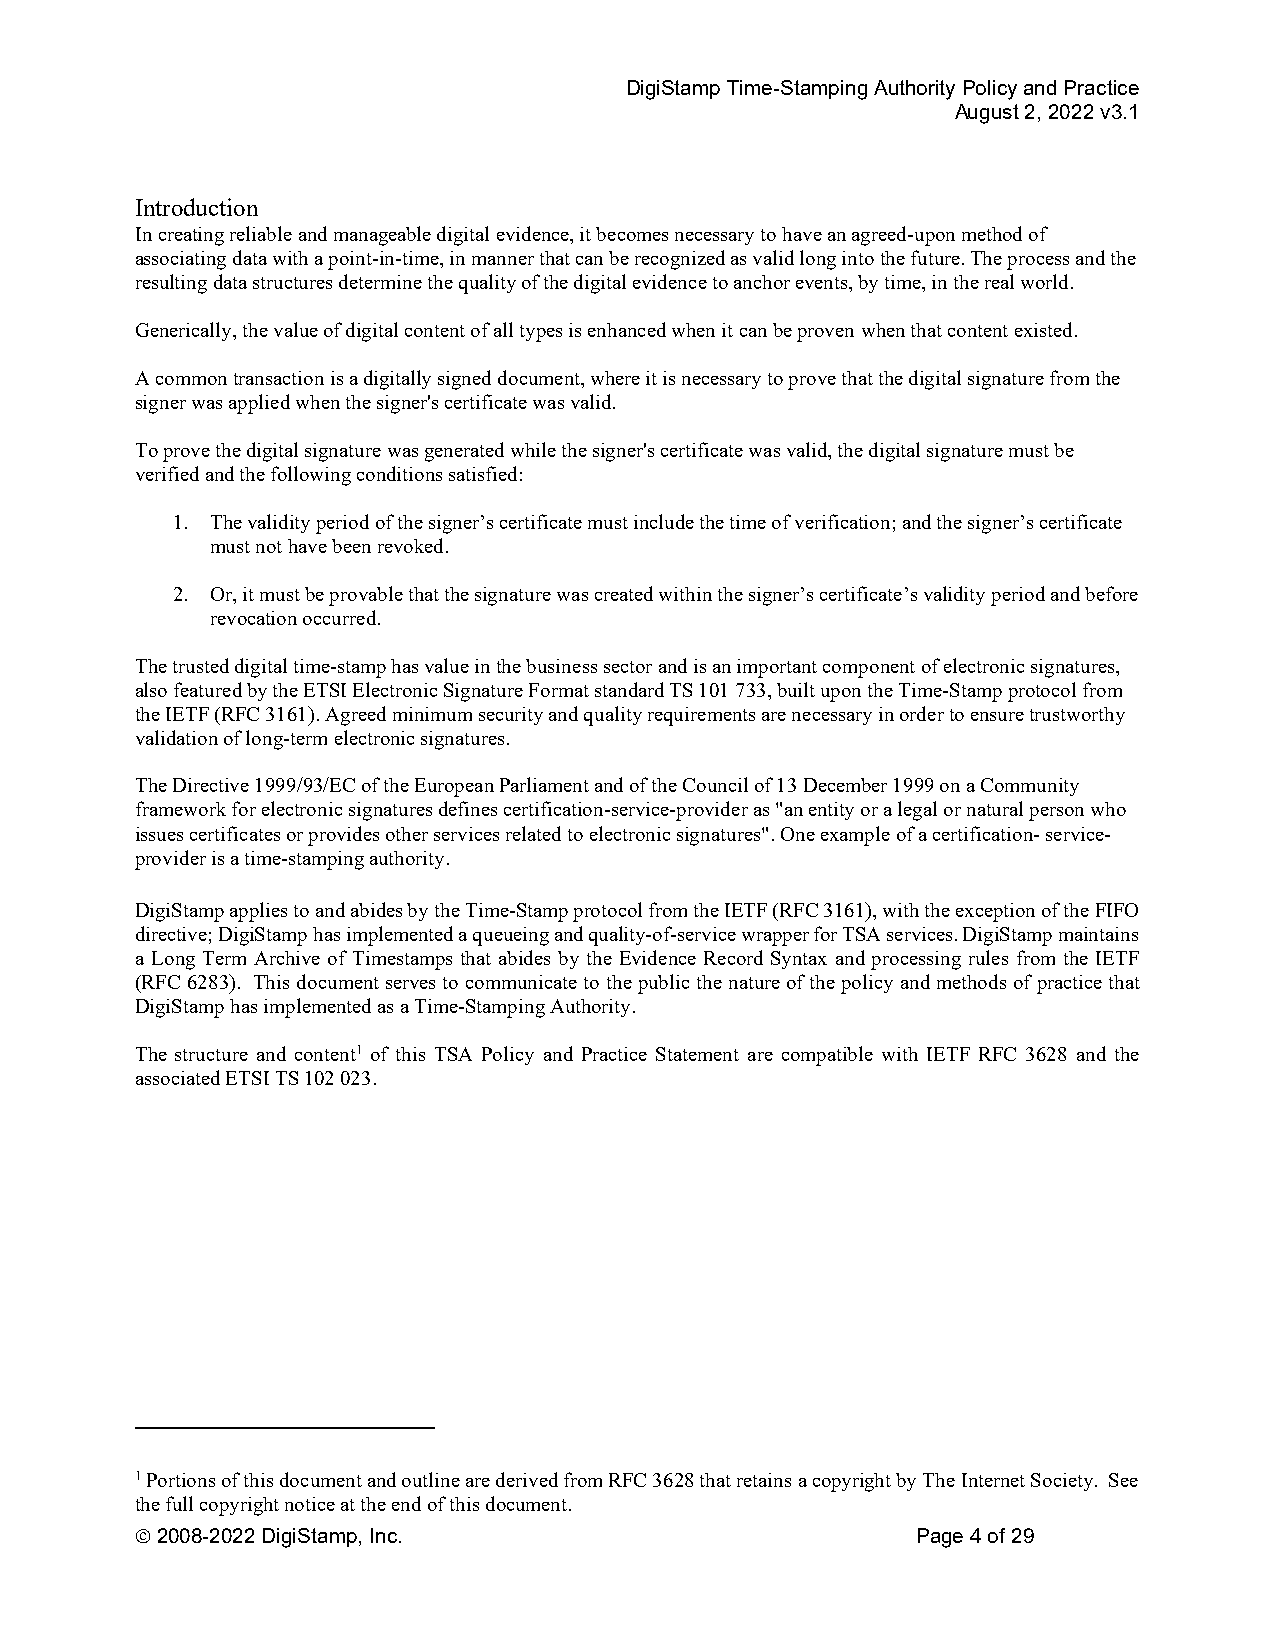
DigiStamp Time-Stamping Authority Policy and Practice
 August 2, 2022 v3.1
 Introduction
 In creating reliable and manageable digital evidence, it becomes necessary to have an agreed-upon method of
 associating data with a point-in-time, in manner that can be recognized as valid long into the future. The process and the
 resulting data structures determine the quality of the digital evidence to anchor events, by time, in the real world.
 Generically, the value of digital content of all types is enhanced when it can be proven when that content existed.
 A common transaction is a digitally signed document, where it is necessary to prove that the digital signature from the
 signer was applied when the signer's certificate was valid.
 To prove the digital signature was generated while the signer's certificate was valid, the digital signature must be
 verified and the following conditions satisfied:
 1. The validity period of the signer’s certificate must include the time of verification; and the signer’s certificate
 must not have been revoked.
 2. Or, it must be provable that the signature was created within the signer’s certificate’s validity period and before
 revocation occurred.
 The trusted digital time-stamp has value in the business sector and is an important component of electronic signatures,
 also featured by the ETSI Electronic Signature Format standard TS 101 733, built upon the Time-Stamp protocol from
 the IETF (RFC 3161). Agreed minimum security and quality requirements are necessary in order to ensure trustworthy
 validation of long-term electronic signatures.
 The Directive 1999/93/EC of the European Parliament and of the Council of 13 December 1999 on a Community
 framework for electronic signatures defines certification-service-provider as "an entity or a legal or natural person who
 issues certificates or provides other services related to electronic signatures". One example of a certification- service-
 provider is a time-stamping authority.
 DigiStamp applies to and abides by the Time-Stamp protocol from the IETF (RFC 3161), with the exception of the FIFO
 directive; DigiStamp has implemented a queueing and quality-of-service wrapper for TSA services. DigiStamp maintains
 a Long Term Archive of Timestamps that abides by the Evidence Record Syntax and processing rules from the IETF
 (RFC 6283). This document serves to communicate to the public the nature of the policy and methods of practice that
 DigiStamp has implemented as a Time-Stamping Authority.
 The structure and content1 of this TSA Policy and Practice Statement are compatible with IETF RFC 3628 and the
 associated ETSI TS 102 023.
 1 Portions of this document and outline are derived from RFC 3628 that retains a copyright by The Internet Society. See
 the full copyright notice at the end of this document.
  2008-2022 DigiStamp, Inc.                         Page 4 of 29